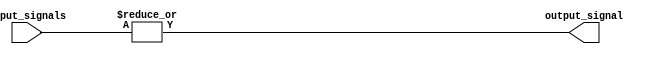
module or_gate(
    input [31:0] input_signals,
    output reg output_signal
);

always @* begin
    output_signal = |input_signals; // performs logical OR operation on all input signals
end

endmodule